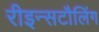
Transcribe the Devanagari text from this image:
रीइन्सटौलिंग